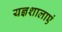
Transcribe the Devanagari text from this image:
यज्ञशालाएं